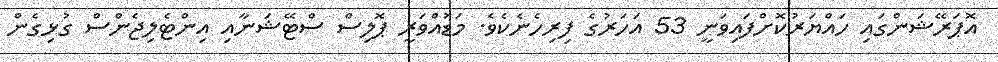
އޮޕަރޭޝަންގައި ހައްޔަރުކޮށްފައިވަނީ 53 އަހަރުގެ ފިރިހެނެކެވެ. މަޑުއްވަރީ ޕޮލިސް ސްޓޭޝަނާއި އިންޓެލިޖެންސް ގުޅިގެން